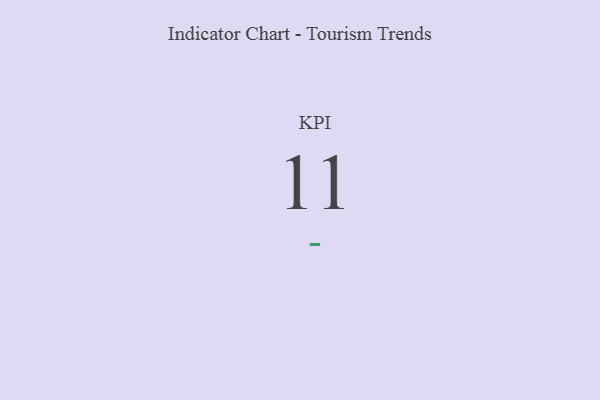
{"axis": {"x": "KPI", "y": "Value"}, "legend": [""], "data": [{"x": "KPI", "y": 11, "type": ""}]}